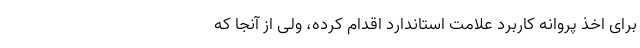
برای اخذ ‌پروانه کاربرد علامت استاندارد اقدام کرده، ولی از آنجا که